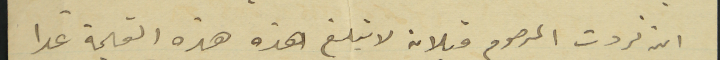
ان ثروت المرحوم قبلان لا تبلغ هذه هذه القيمة عدا